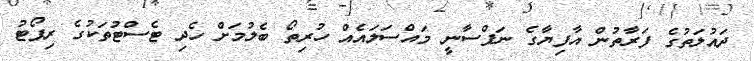
ދައުލަތުގެ ފަރާތުން އާފިޔާގެ ނަފްސާނީ މައްސަލައެއް ހުރިތޯ ބެލުމަށް ހެދި ޓެސްޓުތަކުގެ ރިޕޯޓު